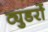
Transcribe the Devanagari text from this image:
ट्युडरों